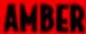
AMBER